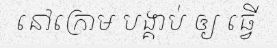
នៅក្រោម បង្គាប់ ឲ្យ ធ្វើ